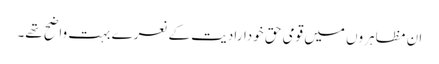
ان مظاہروں میں قومی حق خودارادیت کے نعرے بہت واضح تھے۔